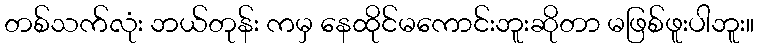
တစ်သက်လုံး ဘယ်တုန်း ကမှ နေထိုင်မကောင်းဘူးဆိုတာ မဖြစ်ဖူးပါဘူး။